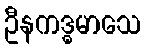
ဦနကဒ္ဓမာသေ